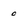
Character: 0